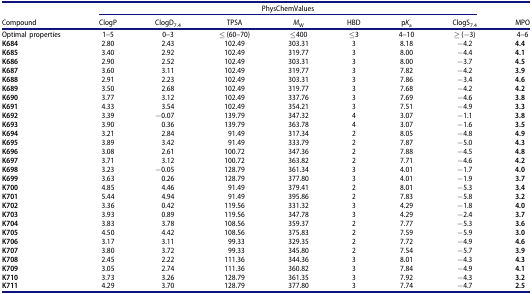
<table><thead><tr><td><b> </b></td><td colspan="7"><b>PhysChemValues</b></td><td><b> </b></td></tr><tr><td><b>Compound</b></td><td><b>ClogP</b></td><td><b>ClogD<sub>7.4</sub></b></td><td><b>TPSA</b></td><td><b><i>M</i><sub>W</sub></b></td><td><b>HBD</b></td><td><b>p<i>K</i><sub>a</sub></b></td><td><b>ClogS<sub>7.4</sub></b></td><td><b>MPO</b></td></tr></thead><tbody><tr><td>Optimal properties</td><td>1–5</td><td>0–3</td><td>≤ (60–70)</td><td>≤400</td><td>≤3</td><td>4–10</td><td>≥ (−3)</td><td>4–6</td></tr><tr><td><b>K684</b></td><td>2.80</td><td>2.43</td><td>102.49</td><td>303.31</td><td>3</td><td>8.18</td><td>−4.2</td><td><b>4.4</b></td></tr><tr><td><b>K685</b></td><td>3.40</td><td>2.92</td><td>102.49</td><td>319.77</td><td>3</td><td>8.00</td><td>−4.4</td><td><b>4.1</b></td></tr><tr><td><b>K686</b></td><td>2.90</td><td>2.52</td><td>102.49</td><td>303.31</td><td>3</td><td>8.00</td><td>−3.7</td><td><b>4.5</b></td></tr><tr><td><b>K687</b></td><td>3.60</td><td>3.11</td><td>102.49</td><td>319.77</td><td>3</td><td>7.82</td><td>−4.2</td><td><b>3.9</b></td></tr><tr><td><b>K688</b></td><td>2.91</td><td>2.23</td><td>102.49</td><td>303.31</td><td>3</td><td>7.86</td><td>−3.4</td><td><b>4.6</b></td></tr><tr><td><b>K689</b></td><td>3.50</td><td>2.68</td><td>102.49</td><td>319.77</td><td>3</td><td>7.68</td><td>−4.2</td><td><b>4.2</b></td></tr><tr><td><b>K690</b></td><td>3.77</td><td>3.12</td><td>102.49</td><td>337.76</td><td>3</td><td>7.69</td><td>−4.6</td><td><b>3.8</b></td></tr><tr><td><b>K691</b></td><td>4.33</td><td>3.54</td><td>102.49</td><td>354.21</td><td>3</td><td>7.51</td><td>−4.9</td><td><b>3.3</b></td></tr><tr><td><b>K692</b></td><td>3.39</td><td>−0.07</td><td>139.79</td><td>347.32</td><td>4</td><td>3.07</td><td>−1.1</td><td><b>3.8</b></td></tr><tr><td><b>K693</b></td><td>3.90</td><td>0.36</td><td>139.79</td><td>363.78</td><td>4</td><td>3.07</td><td>−1.6</td><td><b>3.5</b></td></tr><tr><td><b>K694</b></td><td>3.21</td><td>2.84</td><td>91.49</td><td>317.34</td><td>2</td><td>8.05</td><td>−4.8</td><td><b>4.9</b></td></tr><tr><td><b>K695</b></td><td>3.89</td><td>3.42</td><td>91.49</td><td>333.79</td><td>2</td><td>7.87</td><td>−5.0</td><td><b>4.3</b></td></tr><tr><td><b>K696</b></td><td>3.08</td><td>2.61</td><td>100.72</td><td>347.36</td><td>2</td><td>7.88</td><td>−4.5</td><td><b>4.8</b></td></tr><tr><td><b>K697</b></td><td>3.71</td><td>3.12</td><td>100.72</td><td>363.82</td><td>2</td><td>7.71</td><td>−4.6</td><td><b>4.2</b></td></tr><tr><td><b>K698</b></td><td>3.23</td><td>−0.05</td><td>128.79</td><td>361.34</td><td>3</td><td>4.01</td><td>−1.7</td><td><b>4.0</b></td></tr><tr><td><b>K699</b></td><td>3.63</td><td>0.26</td><td>128.79</td><td>377.80</td><td>3</td><td>4.01</td><td>−1.9</td><td><b>3.7</b></td></tr><tr><td><b>K700</b></td><td>4.85</td><td>4.46</td><td>91.49</td><td>379.41</td><td>2</td><td>8.01</td><td>−5.3</td><td><b>3.4</b></td></tr><tr><td><b>K701</b></td><td>5.44</td><td>4.94</td><td>91.49</td><td>395.86</td><td>2</td><td>7.83</td><td>−5.8</td><td><b>3.2</b></td></tr><tr><td><b>K702</b></td><td>3.36</td><td>0.42</td><td>119.56</td><td>331.32</td><td>3</td><td>4.29</td><td>−1.8</td><td><b>4.0</b></td></tr><tr><td><b>K703</b></td><td>3.93</td><td>0.89</td><td>119.56</td><td>347.78</td><td>3</td><td>4.29</td><td>−2.4</td><td><b>3.7</b></td></tr><tr><td><b>K704</b></td><td>3.83</td><td>3.78</td><td>108.56</td><td>359.37</td><td>2</td><td>7.77</td><td>−5.3</td><td><b>3.6</b></td></tr><tr><td><b>K705</b></td><td>4.50</td><td>4.42</td><td>108.56</td><td>375.83</td><td>2</td><td>7.59</td><td>−5.9</td><td><b>3.0</b></td></tr><tr><td><b>K706</b></td><td>3.17</td><td>3.11</td><td>99.33</td><td>329.35</td><td>2</td><td>7.72</td><td>−4.9</td><td><b>4.6</b></td></tr><tr><td><b>K707</b></td><td>3.80</td><td>3.72</td><td>99.33</td><td>345.80</td><td>2</td><td>7.54</td><td>−5.7</td><td><b>3.9</b></td></tr><tr><td><b>K708</b></td><td>2.45</td><td>2.22</td><td>111.36</td><td>344.36</td><td>3</td><td>8.01</td><td>−4.3</td><td><b>4.3</b></td></tr><tr><td><b>K709</b></td><td>3.05</td><td>2.74</td><td>111.36</td><td>360.82</td><td>3</td><td>7.84</td><td>−4.9</td><td><b>4.1</b></td></tr><tr><td><b>K710</b></td><td>3.73</td><td>3.26</td><td>128.79</td><td>361.35</td><td>3</td><td>7.92</td><td>−4.3</td><td><b>3.2</b></td></tr><tr><td><b>K711</b></td><td>4.29</td><td>3.70</td><td>128.79</td><td>377.80</td><td>3</td><td>7.74</td><td>−4.7</td><td><b>2.5</b></td></tr></tbody></table>